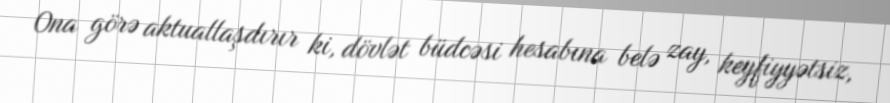
Ona görə aktuallaşdırır ki, dövlət büdcəsi hesabına belə zay, keyfiyyətsiz,